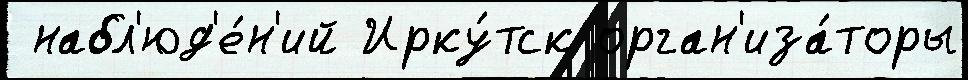
 набл'юд'е́н'ий Ирку́тск орган'иза́торы